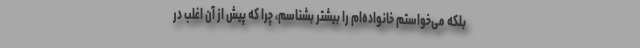
بلکه می‌خواستم خانواده‌ام را بیشتر بشناسم، چرا که پیش از آن اغلب در